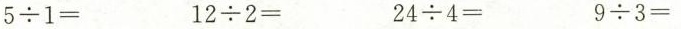
$$5 \div 1 =$$ $$1 2 \div 2 =$$ $$2 4 \div 4 =$$ $$9 \div 3 =$$